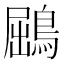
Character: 鶌